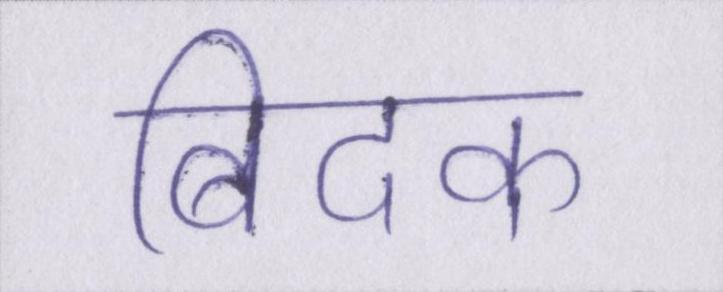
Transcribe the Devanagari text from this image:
बिदक